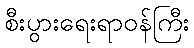
စီးပွားရေးရာဝန်ကြီး